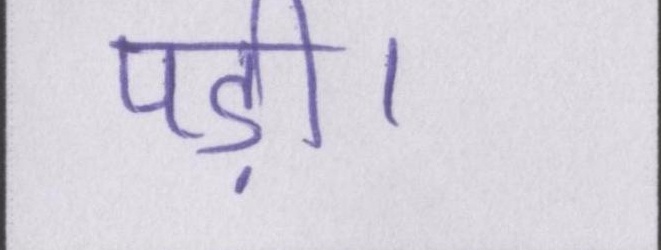
पड़ी।